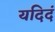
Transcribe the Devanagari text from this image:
यदिदं